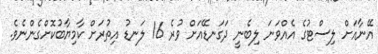
އޭނާއަށް ލިސްޓުގެ އެއްވަނަ ލިބެނީ ދަގަނޑޭއަށް ވުރެ 16 ލަނޑު އިތުރަށް ކާމިޔާބުކޮށްގެންނެވެ.